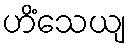
ဟိံသေယျ